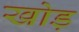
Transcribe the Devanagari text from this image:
खोड़